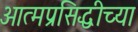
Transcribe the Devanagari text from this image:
आत्मप्रसिद्धीच्या